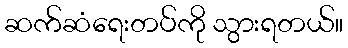
ဆက်ဆံရေးတပ်ကို သွားရတယ်။